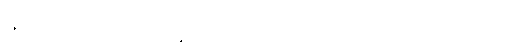
နွားရောင်းဝယ်မှုကိစ္စ၌ သူ့ကိုပင် ဆရာတင်ကြရချေသည်။